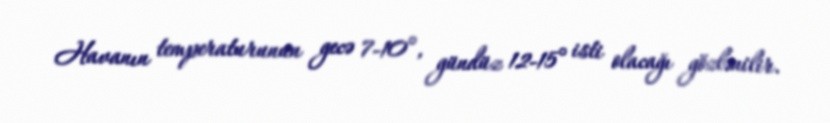
Havanın temperaturunun gecə 7-10°, gündüz 12-15° isti olacağı gözlənilir.